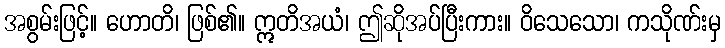
အစွမ်းဖြင့်။ ဟောတိ၊ ဖြစ်၏။ ဣတိအယံ၊ ဤဆိုအပ်ပြီးကား။ ဝိသေသော၊ ကသိုဏ်းမှ